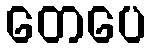
တေပေ